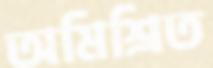
অমিশ্রিত